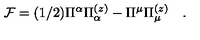
{ \cal F } = ( 1 / 2 ) \Pi ^ { \alpha } \Pi _ { \alpha } ^ { ( z ) } - \Pi ^ { \mu } \Pi _ { \mu } ^ { ( z ) } \quad .